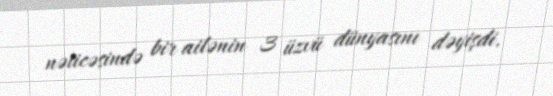
nəticəsində bir ailənin 3 üzvü dünyasını dəyişdi.